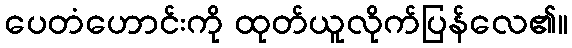
ပေတံဟောင်းကို ထုတ်ယူလိုက်ပြန်လေ၏။